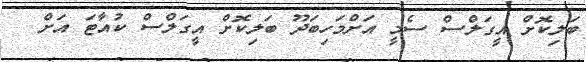
ބަލިކޮށް އީގަލްސް ސެމީ އަށްމަހިބަދޫ ބަލިކޮށް އީގަލްސް ކުއާޓަ އަށް